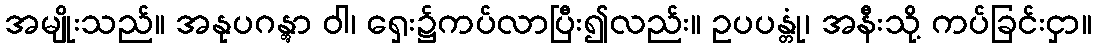
အမျိုးသည်။ အနုပဂန္တွာ ဝါ၊ ရှေး၌ကပ်လာပြီး၍လည်း။ ဥပပန္တုံ၊ အနီးသို့ ကပ်ခြင်းငှာ။